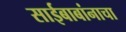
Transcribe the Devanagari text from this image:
साईबाबांनाचा